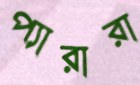
প্যারারা